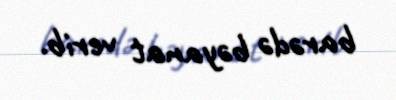
barədə bəyanat verib.